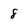
Character: 8